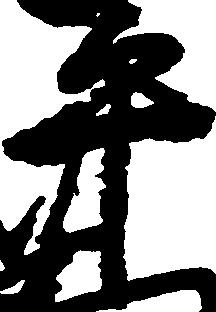
平